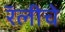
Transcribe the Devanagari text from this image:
रॅलीचे